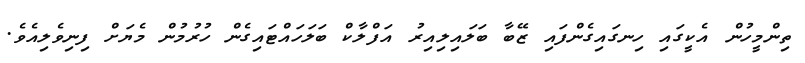
ތިންމީހުން އެކީގައި ހިނގައިގެންފައި ޒޭބާ ބަލައިލިއިރު އަފްލާކް ބަލަހައްޓައިގެން ހުރުމުން މެޔަށް ފިނިވެލިއެވެ.